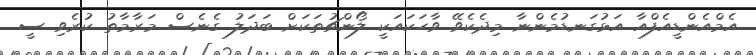
އެމްއެންޑީއެފްއާ އަޅުގަނޑުމެންނާ މިދެކެވޭ ވާހަކައަކީ ލޯންޗުތަކަށް ބަދަލު ގެނެސް މަރާމާތު ކުރެވި ސީ